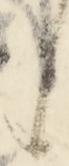
候